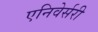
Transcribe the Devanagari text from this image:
एनिवेर्सरी